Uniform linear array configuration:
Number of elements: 16
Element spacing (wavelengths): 0.75
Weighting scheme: cosine
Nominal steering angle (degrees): -15
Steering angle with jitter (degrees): -13.368
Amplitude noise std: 0.05
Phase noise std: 0.05

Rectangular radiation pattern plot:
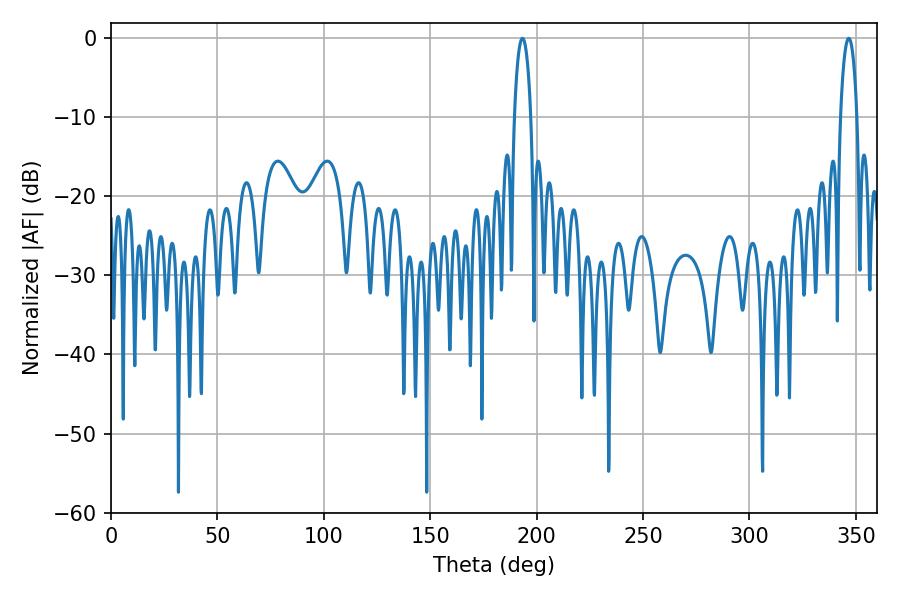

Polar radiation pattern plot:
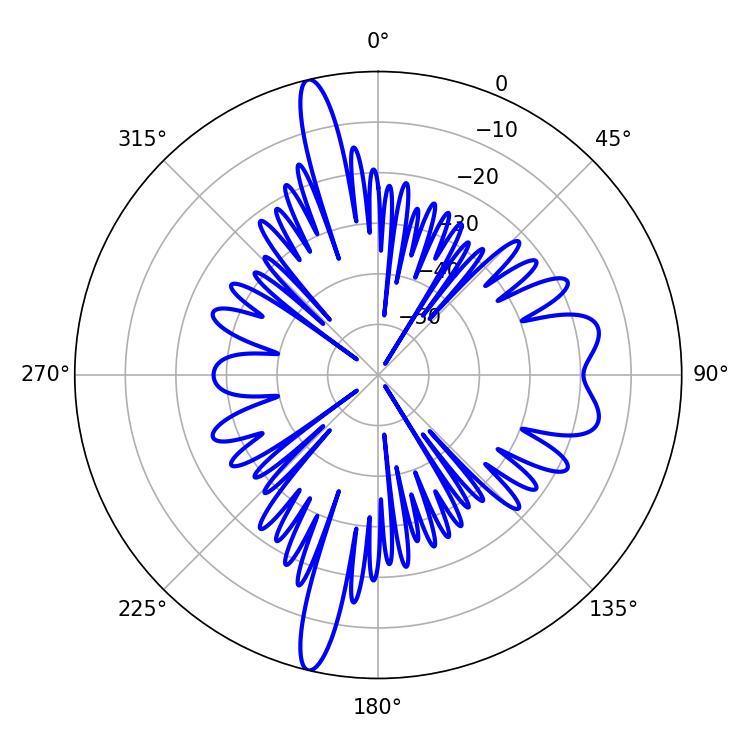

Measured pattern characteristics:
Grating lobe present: TRUE
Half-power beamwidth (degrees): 4.32
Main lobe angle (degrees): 193.32